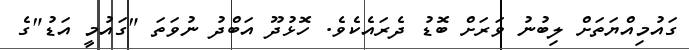
ގައުމިއްޔަތަށް ލިބުނު ވަރަށް ބޮޑު ދެރައެކެވެ. ހޮޅުދޫ އަބްދު ނުވަތަ "ގައުމީ އަޑު"ގެ